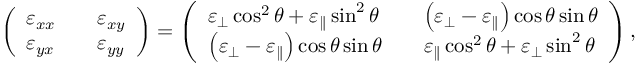
\begin{array} { r } { \left( \begin{array} { l l l } { \varepsilon _ { x x } } & & { \varepsilon _ { x y } } \\ { \varepsilon _ { y x } } & & { \varepsilon _ { y y } } \end{array} \right) = \left( \begin{array} { l l l } { \varepsilon _ { \perp } \cos ^ { 2 } \theta + \varepsilon _ { \parallel } \sin ^ { 2 } \theta } & & { \left( \varepsilon _ { \perp } - \varepsilon _ { \parallel } \right) \cos \theta \sin \theta } \\ { \left( \varepsilon _ { \perp } - \varepsilon _ { \parallel } \right) \cos \theta \sin \theta } & & { \varepsilon _ { \parallel } \cos ^ { 2 } \theta + \varepsilon _ { \perp } \sin ^ { 2 } \theta } \end{array} \right) , } \end{array}